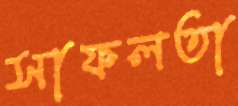
সাফলতা